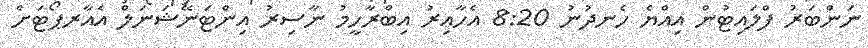
ނަންބަރު ފްލައިޓުން އިއްޔެ ހެނދުނު 8:20 އެހާއިރު އިބްރާހީމު ނާސިރު އިންޓަނޭޝަނަލް އެއާރޕޯޓަށް